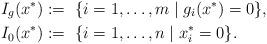
LaTeX: \begin{align*}I_g(x^*) &:=\ \{i=1,\dots,m \mid g_i(x^*)=0\},\\I_0(x^*) &:=\ \{i=1,\dots,n \mid x^*_i=0\}.\end{align*}